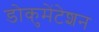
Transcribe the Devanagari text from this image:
डोकुमेंटेशन